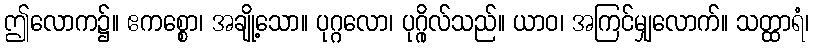
ဤလောက၌။ ဧကစ္စော၊ အချို့သော။ ပုဂ္ဂလော၊ ပုဂ္ဂိုလ်သည်။ ယာဝ၊ အကြင်မျှလောက်။ သတ္ထာရံ၊